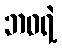
ဘဝရဲ့